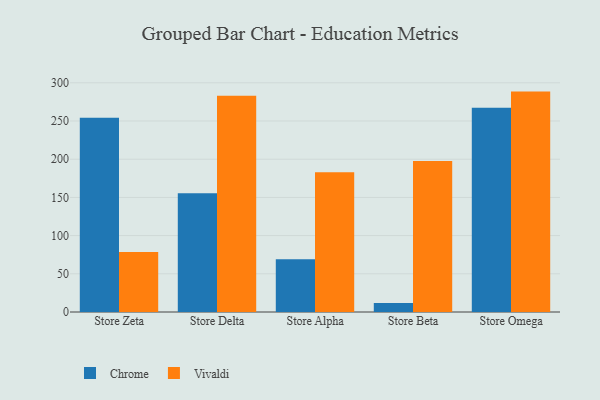
{"axis": {"x": "Store", "y": "Page Views"}, "legend": ["Chrome", "Vivaldi"], "data": [{"x": "Store Zeta", "y": 254.2, "type": "Chrome"}, {"x": "Store Zeta", "y": 78.7, "type": "Vivaldi"}, {"x": "Store Delta", "y": 155.3, "type": "Chrome"}, {"x": "Store Delta", "y": 283.2, "type": "Vivaldi"}, {"x": "Store Alpha", "y": 68.9, "type": "Chrome"}, {"x": "Store Alpha", "y": 182.8, "type": "Vivaldi"}, {"x": "Store Beta", "y": 11.7, "type": "Chrome"}, {"x": "Store Beta", "y": 197.8, "type": "Vivaldi"}, {"x": "Store Omega", "y": 267.4, "type": "Chrome"}, {"x": "Store Omega", "y": 288.5, "type": "Vivaldi"}]}